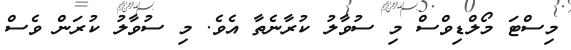
މިސްޓަ މޯލްޑިވްސް މި ސުވާލު ކުރާނެތާ އެވެ. މި ސުވާލު ކުރަން ވެސް